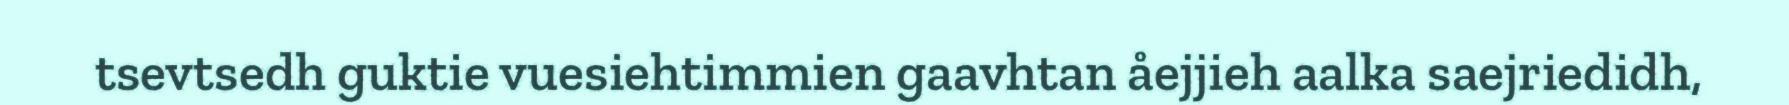
tsevtsedh guktie vuesiehtimmien gaavhtan åejjieh aalka saejriedidh,